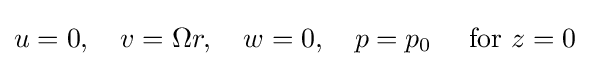
u=0,\quad v=\Omega r,\quad w=0,\quad p=p_{0}\quad {\text{ for }}z=0